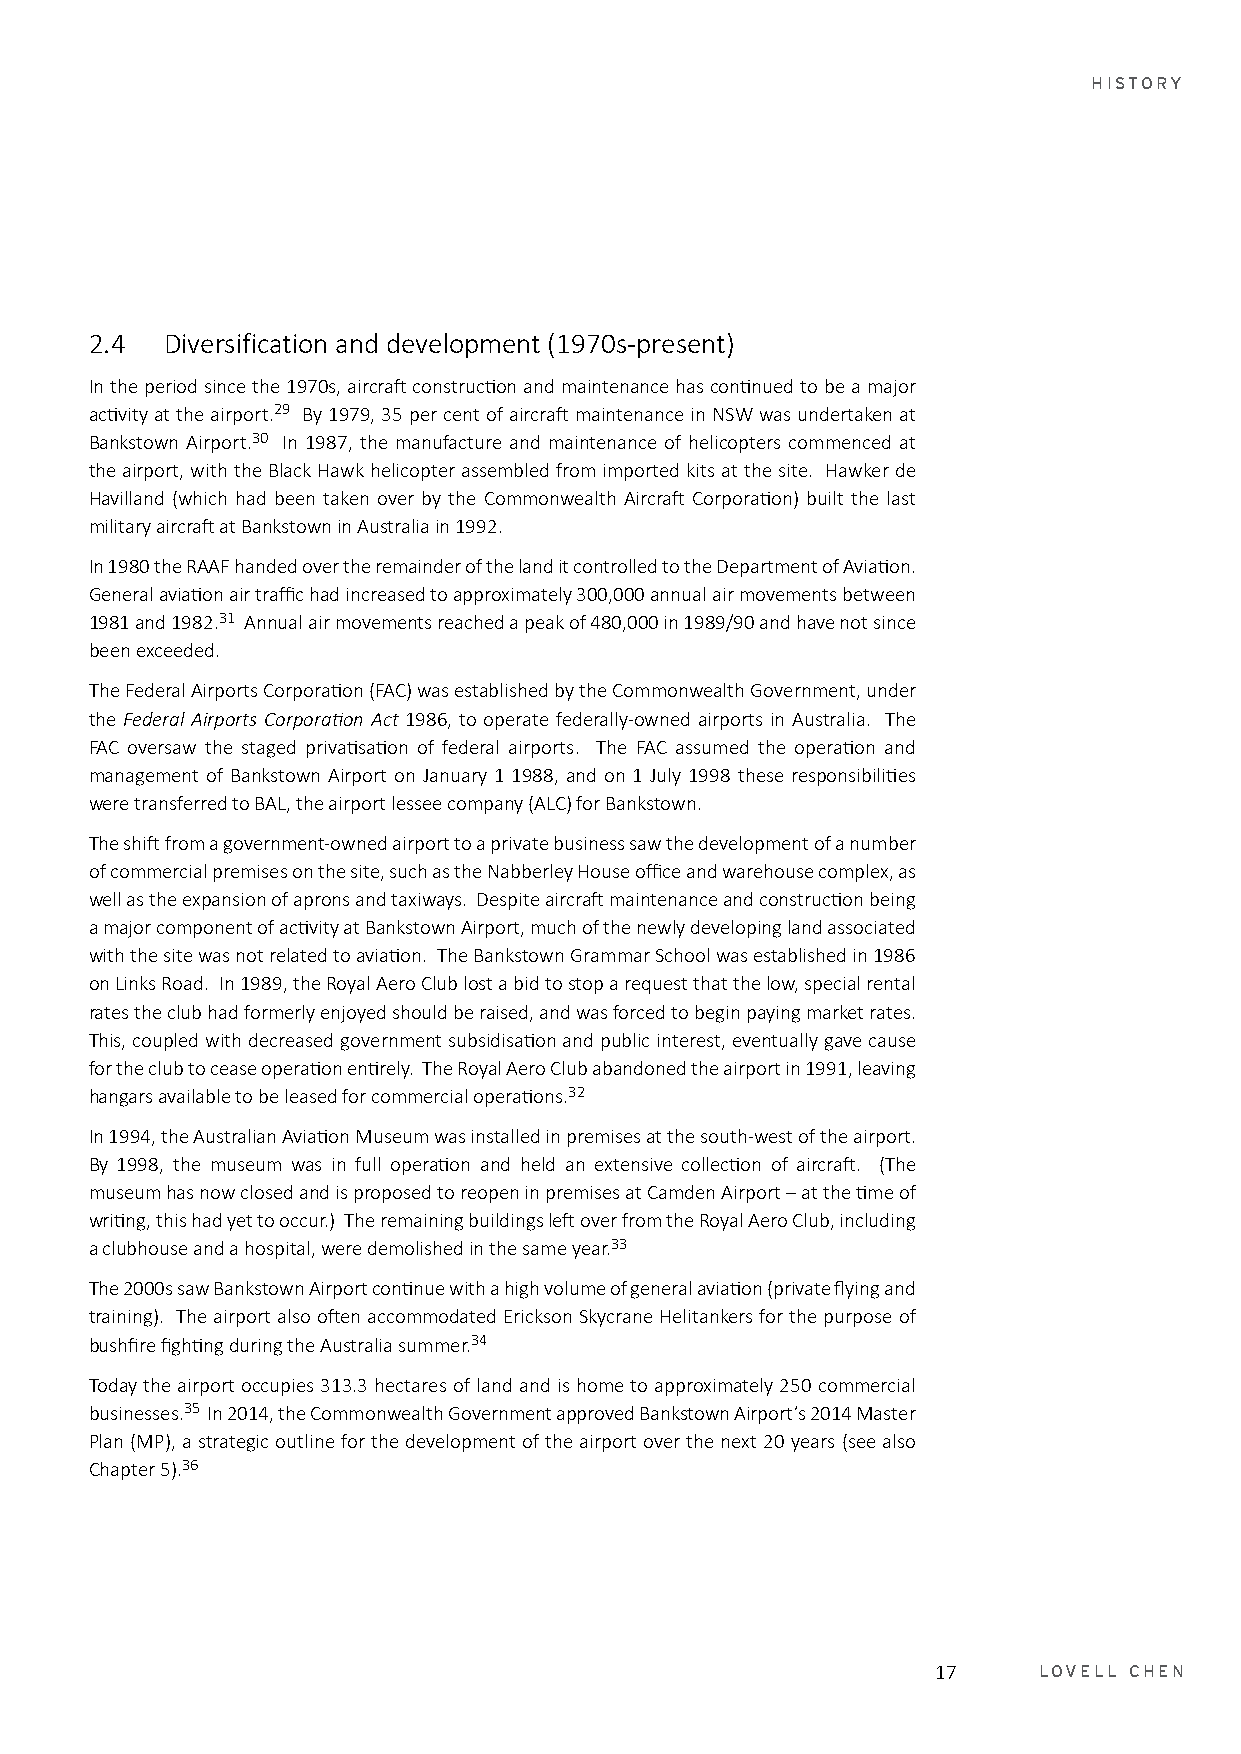
HISTORY
 2.4  Diversification and development (1970s-present)
 In the period since the 1970s, aircraft construction and maintenance has continued to be a major
 activity at the airport.29 By 1979, 35 per cent of aircraft maintenance in NSW was undertaken at
 Bankstown Airport.30 In 1987, the manufacture and maintenance of helicopters commenced at
 the airport, with the Black Hawk helicopter assembled from imported kits at the site. Hawker de
 Havilland (which had been taken over by the Commonwealth Aircraft Corporation) built the last
 military aircraft at Bankstown in Australia in 1992.
 In 1980 the RAAF handed over the remainder of the land it controlled to the Department of Aviation.
 General aviation air traffic had increased to approximately 300,000 annual air movements between
 1981 and 1982.31 Annual air movements reached a peak of 480,000 in 1989/90 and have not since
 been exceeded.
 The Federal Airports Corporation (FAC) was established by the Commonwealth Government, under
 the Federal Airports Corporation Act 1986, to operate federally-owned airports in Australia. The
 FAC oversaw the staged privatisation of federal airports. The FAC assumed the operation and
 management of Bankstown Airport on January 1 1988, and on 1 July 1998 these responsibilities
 were transferred to BAL, the airport lessee company (ALC) for Bankstown.
 The shift from a government-owned airport to a private business saw the development of a number
 of commercial premises on the site, such as the Nabberley House office and warehouse complex, as
 well as the expansion of aprons and taxiways. Despite aircraft maintenance and construction being
 a major component of activity at Bankstown Airport, much of the newly developing land associated
 with the site was not related to aviation. The Bankstown Grammar School was established in 1986
 on Links Road. In 1989, the Royal Aero Club lost a bid to stop a request that the low, special rental
 rates the club had formerly enjoyed should be raised, and was forced to begin paying market rates.
 This, coupled with decreased government subsidisation and public interest, eventually gave cause
 for the club to cease operation entirely. The Royal Aero Club abandoned the airport in 1991, leaving
 hangars available to be leased for commercial operations.32
 In 1994, the Australian Aviation Museum was installed in premises at the south-west of the airport.
 By 1998, the museum was in full operation and held an extensive collection of aircraft. (The
 museum has now closed and is proposed to reopen in premises at Camden Airport – at the time of
 writing, this had yet to occur.) The remaining buildings left over from the Royal Aero Club, including
 a clubhouse and a hospital, were demolished in the same year.33
 The 2000s saw Bankstown Airport continue with a high volume of general aviation (private flying and
 training). The airport also often accommodated Erickson Skycrane Helitankers for the purpose of
 bushfire fighting during the Australia summer.34
 Today the airport occupies 313.3 hectares of land and is home to approximately 250 commercial
 businesses.35 In 2014, the Commonwealth Government approved Bankstown Airport’s 2014 Master
 Plan (MP), a strategic outline for the development of the airport over the next 20 years (see also
 Chapter 5).36
 17     LOVELL CHEN